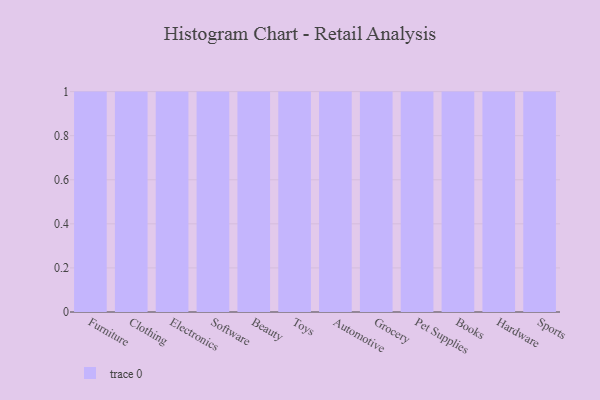
{"axis": {"x": "Category", "y": "Gross Profit (USD K)"}, "legend": [""], "data": [{"x": "Furniture", "y": 32, "type": ""}, {"x": "Clothing", "y": 98, "type": ""}, {"x": "Electronics", "y": 52, "type": ""}, {"x": "Software", "y": 69, "type": ""}, {"x": "Beauty", "y": 46, "type": ""}, {"x": "Toys", "y": 10, "type": ""}, {"x": "Automotive", "y": 59, "type": ""}, {"x": "Grocery", "y": 3, "type": ""}, {"x": "Pet Supplies", "y": 6, "type": ""}, {"x": "Books", "y": 10, "type": ""}, {"x": "Hardware", "y": 84, "type": ""}, {"x": "Sports", "y": 90, "type": ""}]}